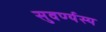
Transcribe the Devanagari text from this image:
सुवर्ण्यस्य